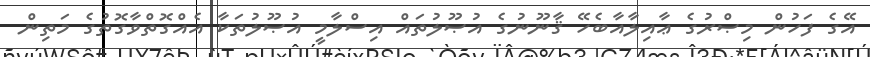
އޭގެ ފަހުން މިޞްރުގެ ޢާއިލާއާބެހޭ ޤާނޫނުގެ އުޞޫލުތައް އިސްލާމީ އުޞޫލުތަކާ އެއްގޮތްވާގޮތުގެ މަތިން